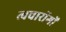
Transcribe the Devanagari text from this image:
त्वचारोंगों